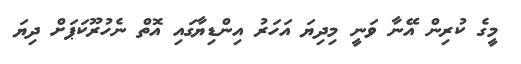
މީގެ ކުރިން އޭނާ ވަނީ މިދިޔަ އަހަރު އިންޑިޔާގައި އޮތް ނެހުރޫކަޕަށް ދިޔަ